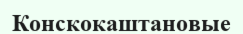
Конскокаштановые